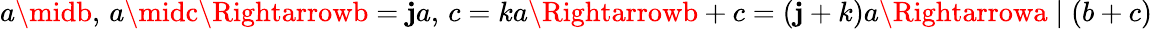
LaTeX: a\midb,\, a\midc\Rightarrowb=\mathbf{j}a,\, c=ka\Rightarrowb+c=(\mathbf{j}+k)a\Rightarrowa\mid(b+c)